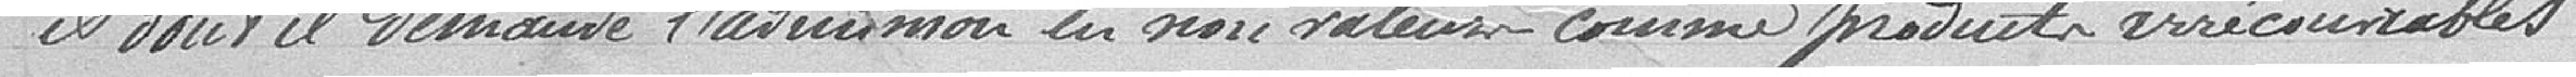
et dont il est demandé l'admission en non-valeur comme produits irrécouvrables.